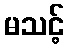
မသင့်